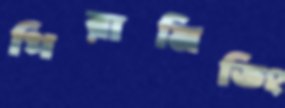
পিরামিডিং